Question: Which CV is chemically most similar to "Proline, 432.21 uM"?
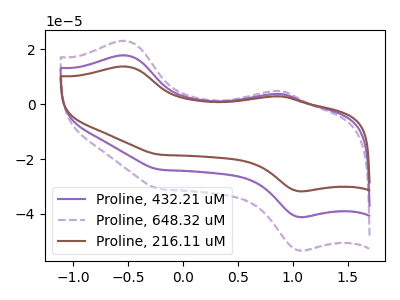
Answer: <think>The purple curve "Proline, 432.21 uM" has anodic peaks at (-0.55V, 17.85uA) (0.90V, 3.75uA) and cathodic peaks at (1.05V, -41.10uA) (-0.20V, -23.80uA). The purple dashed curve "Proline, 648.32 uM" has anodic peaks at (-0.55V, 35.70uA) (0.90V, 7.50uA) and cathodic peaks at (1.05V, -82.20uA) (-0.20V, -47.55uA). The brown curve "Proline, 216.11 uM" has anodic peaks at (-0.55V, 13.75uA) (0.90V, 2.90uA) and cathodic peaks at (1.05V, -31.70uA) (-0.20V, -18.35uA).
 All the peaks in "Proline, 432.21 uM" have a peak in "Proline, 648.32 uM" at the same potential. Every peak in "Proline, 432.21 uM" is lower than every peak in "Proline, 648.32 uM". All the peaks in "Proline, 432.21 uM" have a peak in "Proline, 216.11 uM" at the same potential. Every peak in "Proline, 432.21 uM" is higher than every peak in "Proline, 216.11 uM". All the peaks in "Proline, 648.32 uM" have a peak in "Proline, 216.11 uM" at the same potential. Every peak in "Proline, 648.32 uM" is higher than every peak in "Proline, 216.11 uM".</think>
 <answer>"Proline, 432.21 uM" and "Proline, 648.32 uM" have a similar shape to "Proline, 216.11 uM".</answer>
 <eval>"Proline, 432.21 uM" "Proline, 648.32 uM"</eval>